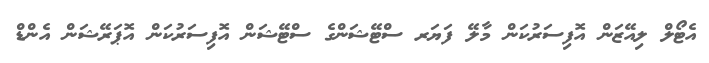
އެޓޯލް ލިއޭޒަން އޮފިސަރުކަން މާލޭ ފަޔަރ ސްޓޭޝަންގެ ސްޓޭޝަން އޮފިސަރުކަން އޮޕަރޭޝަން އެންޑް